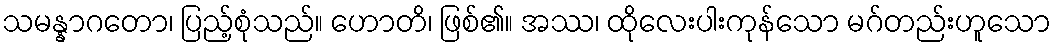
သမန္နာဂတော၊ ပြည့်စုံသည်။ ဟောတိ၊ ဖြစ်၏။ အဿ၊ ထိုလေးပါးကုန်သော မဂ်တည်းဟူသော